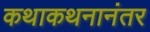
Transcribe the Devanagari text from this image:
कथाकथनानंतर